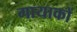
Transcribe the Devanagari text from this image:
गायाकों